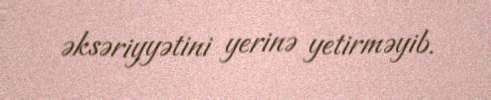
əksəriyyətini yerinə yetirməyib.